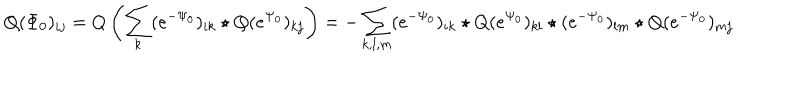
LaTeX: Q ( \Phi _ { 0 } ) _ { i j } = Q \left( \sum _ { k } ( e ^ { - \Psi _ { 0 } } ) _ { i k } \star Q ( e ^ { \Psi _ { 0 } } ) _ { k j } \right) = - \sum _ { k , l , m } ( e ^ { - \Psi _ { 0 } } ) _ { i k } \star Q ( e ^ { \Psi _ { 0 } } ) _ { k l } \star ( e ^ { - \Psi _ { 0 } } ) _ { l m } \star Q ( e ^ { - \Psi _ { 0 } } ) _ { m j }